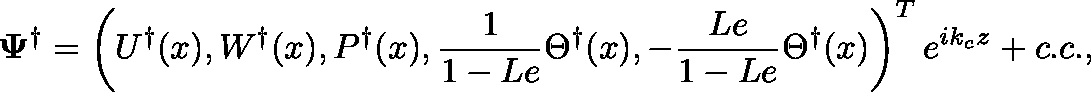
\mathbf { \Psi } ^ { \dagger } = \left( U ^ { \dagger } ( x ) , W ^ { \dagger } ( x ) , P ^ { \dagger } ( x ) , \frac { 1 } { 1 - L e } \Theta ^ { \dagger } ( x ) , - \frac { L e } { 1 - L e } \Theta ^ { \dagger } ( x ) \right) ^ { T } e ^ { i k _ { c } z } + c . c . ,